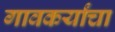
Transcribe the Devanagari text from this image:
गावकर्यांचा